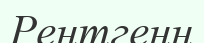
Рентгенн